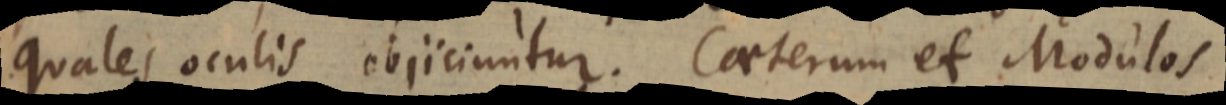
Quales oculis objiciuntur. Caeterum et Modulos